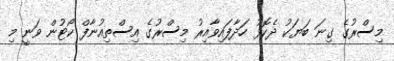
މިސްރުގެ ގިނަ ބަޔަކު ދެކޮޅު ހަދާފައިވާއިރު މިސްރުގެ އިސްތިއުނާފް ކޯޓުން ވަނީ މި